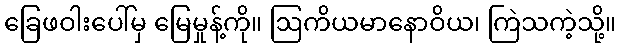
ခြေဖဝါးပေါ်မှ မြေမှုန့်ကို။ ဩကိယမာနောဝိယ၊ ကြဲသကဲ့သို့။